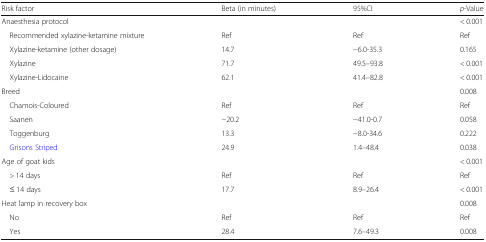
<table><thead><tr><td><b>Risk factor</b></td><td><b>Beta (in minutes)</b></td><td><b>95%CI</b></td><td><b><i>p</i>-Value</b></td></tr></thead><tbody><tr><td colspan="3">Anaesthesia protocol</td><td>&lt; 0.001</td></tr><tr><td> Recommended xylazine-ketamine mixture</td><td>Ref</td><td>Ref</td><td>Ref</td></tr><tr><td> Xylazine-ketamine (other dosage)</td><td>14.7</td><td>−6.0-35.3</td><td>0.165</td></tr><tr><td> Xylazine</td><td>71.7</td><td>49.5–93.8</td><td>&lt; 0.001</td></tr><tr><td> Xylazine-Lidocaine</td><td>62.1</td><td>41.4–82.8</td><td>&lt; 0.001</td></tr><tr><td colspan="3">Breed</td><td>0.008</td></tr><tr><td> Chamois-Coloured</td><td>Ref</td><td>Ref</td><td>Ref</td></tr><tr><td> Saanen</td><td>−20.2</td><td>−41.0-0.7</td><td>0.058</td></tr><tr><td> Toggenburg</td><td>13.3</td><td>−8.0-34.6</td><td>0.222</td></tr><tr><td> Grisons Striped</td><td>24.9</td><td>1.4–48.4</td><td>0.038</td></tr><tr><td>Age of goat kids</td><td></td><td></td><td>&lt; 0.001</td></tr><tr><td> &gt; 14 days</td><td>Ref</td><td>Ref</td><td>Ref</td></tr><tr><td> ≤ 14 days</td><td>17.7</td><td>8.9–26.4</td><td>&lt; 0.001</td></tr><tr><td colspan="3">Heat lamp in recovery box</td><td>0.008</td></tr><tr><td> No</td><td>Ref</td><td>Ref</td><td>Ref</td></tr><tr><td> Yes</td><td>28.4</td><td>7.6–49.3</td><td>0.008</td></tr></tbody></table>